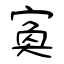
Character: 寏